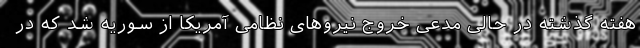
هفته گذشته در حالی مدعی خروج نیروهای نظامی آمریکا از سوریه شد که در